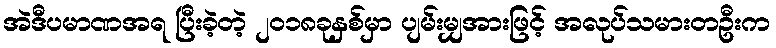
အဲဒီပမာဏအရ ပြီးခဲ့တဲ့ ၂၀၁၈ခုနှစ်မှာ ပျမ်းမျှအားဖြင့် အလုပ်သမားတဦးက